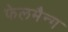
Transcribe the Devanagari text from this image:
फेलमैन्ग